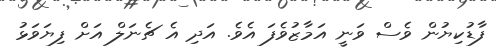
ފާޑުކިޔުން ވެސް ވަނީ އަމާޒުވެފަ އެވެ. އަދި އެ ޗެނަލް އަށް ފިޔަވަޅު